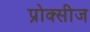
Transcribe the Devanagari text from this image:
प्रोक्सीज